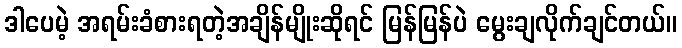
ဒါပေမဲ့ အရမ်းခံစားရတဲ့အချိန်မျိုးဆိုရင် မြန်မြန်ပဲ မွေးချလိုက်ချင်တယ်။